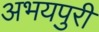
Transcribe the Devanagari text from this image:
अभयपुरी